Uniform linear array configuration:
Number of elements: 32
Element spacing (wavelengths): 1
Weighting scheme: uniform
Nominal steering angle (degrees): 15
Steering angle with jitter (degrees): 13.593
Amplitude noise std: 0.05
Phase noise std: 0.05

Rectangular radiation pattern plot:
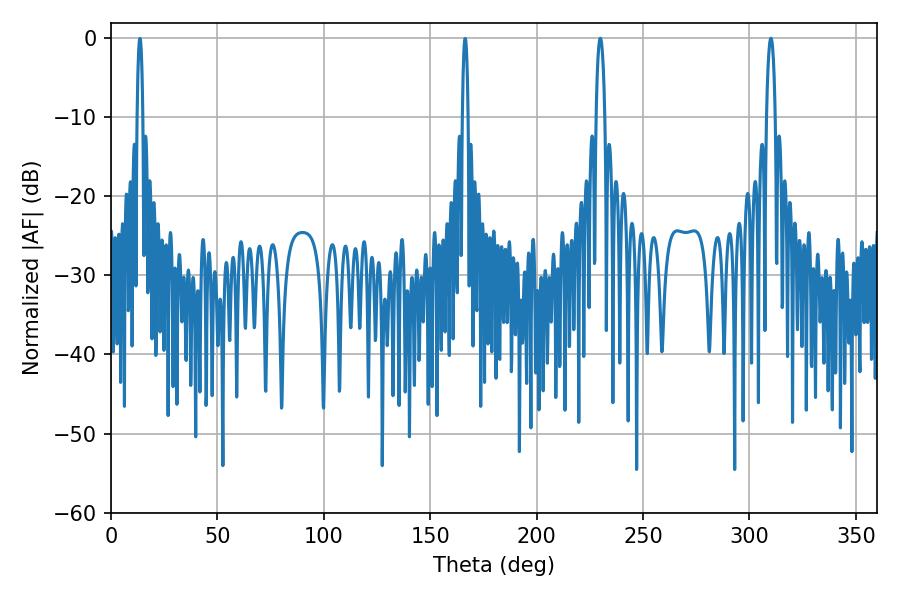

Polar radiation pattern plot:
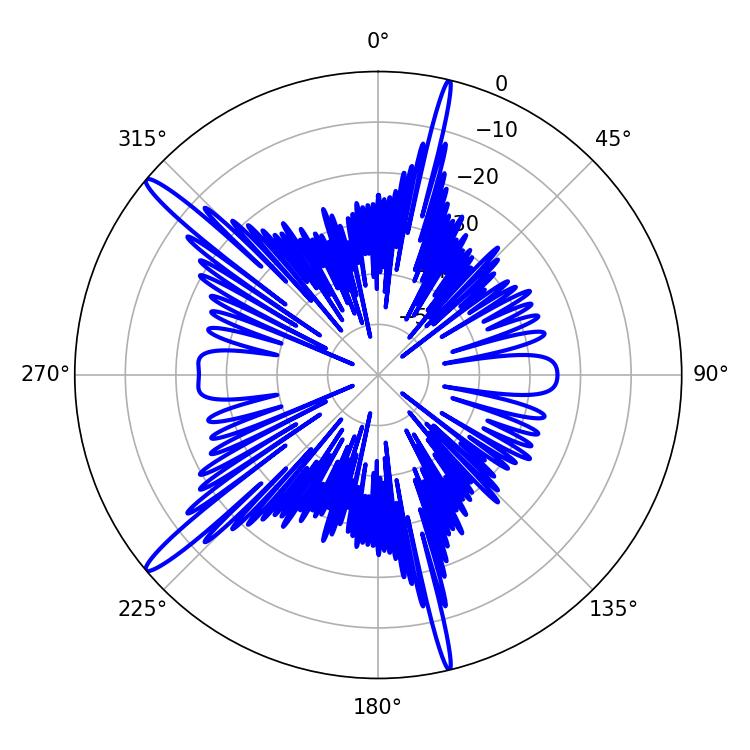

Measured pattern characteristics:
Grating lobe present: TRUE
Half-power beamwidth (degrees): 2.34
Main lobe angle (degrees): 310.14